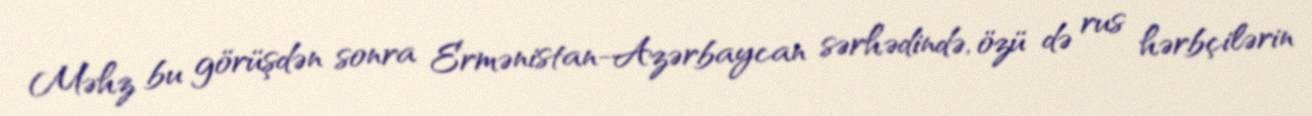
Məhz bu görüşdən sonra Ermənistan-Azərbaycan sərhədində, özü də rus hərbçilərin